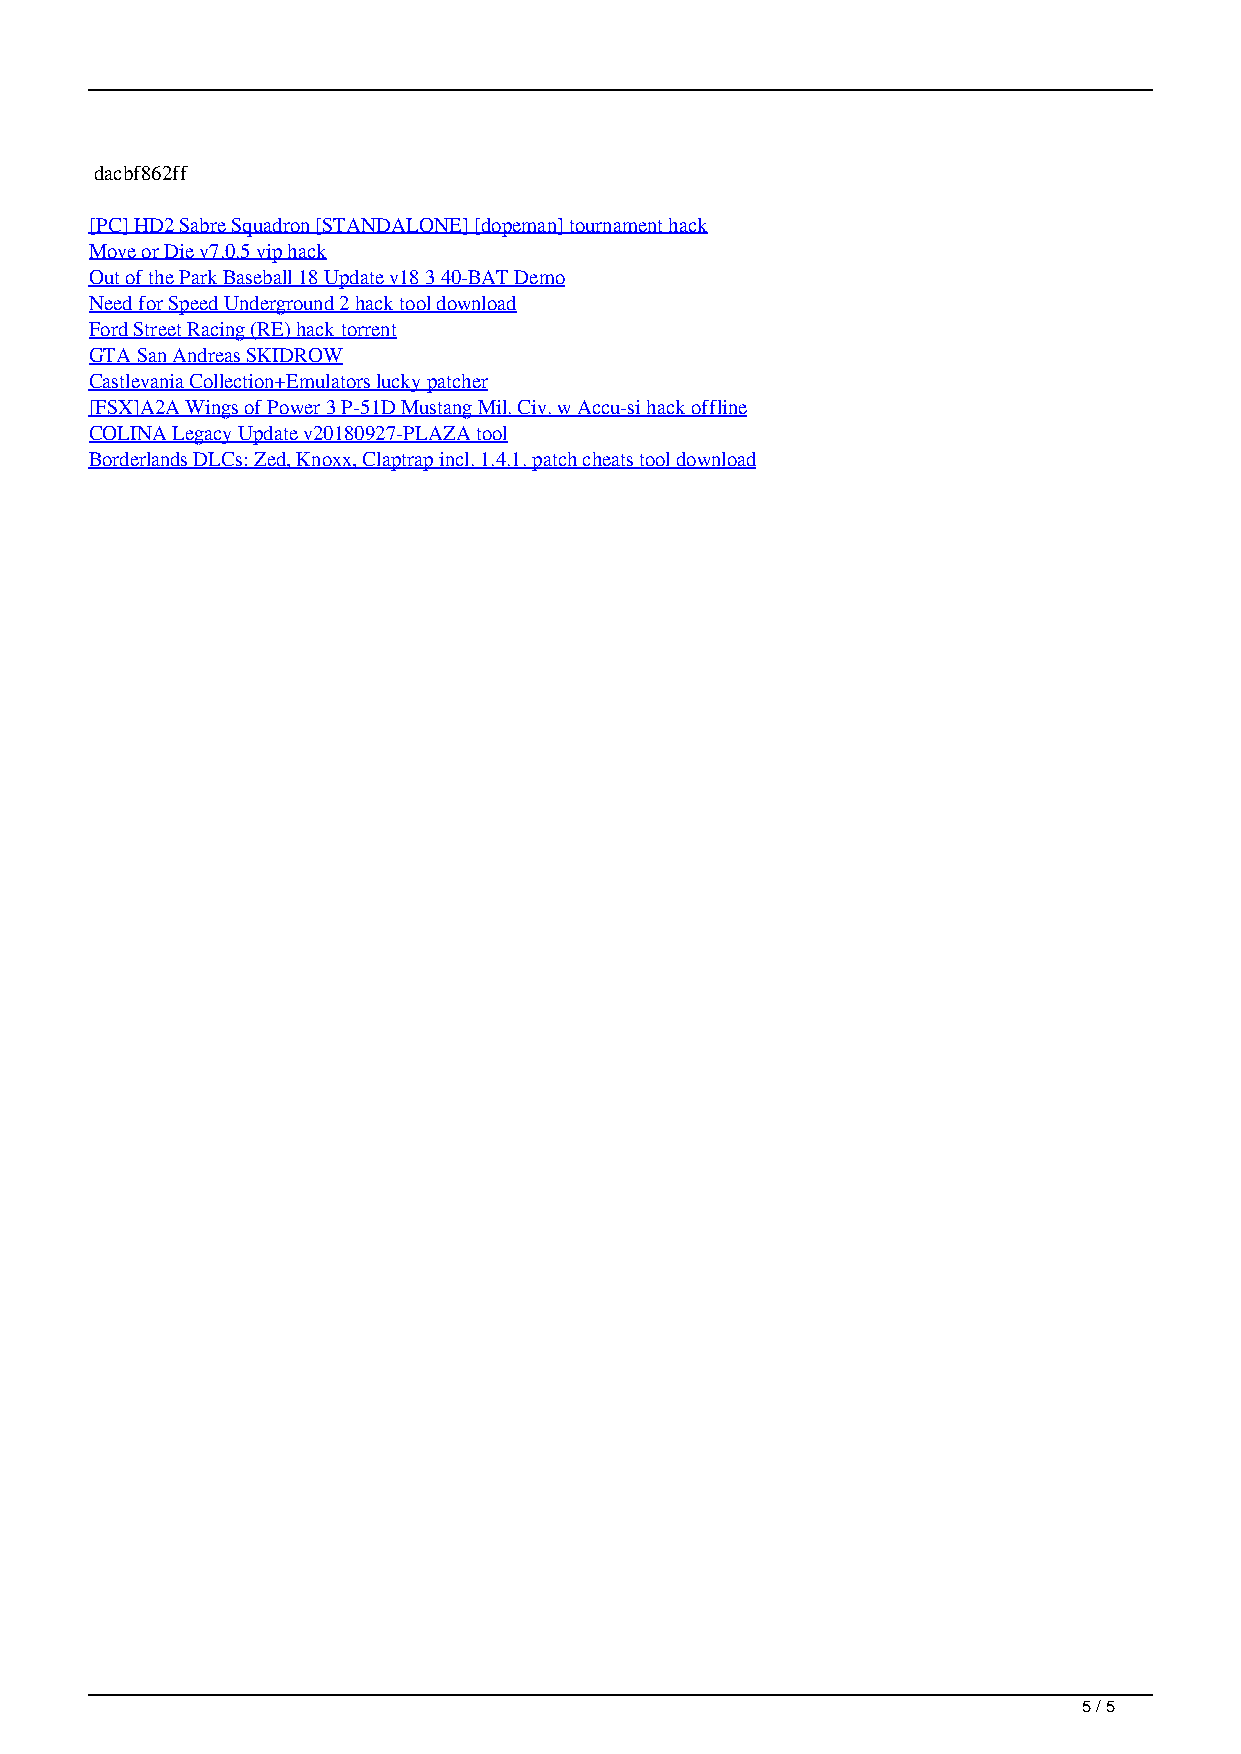
dacbf862ff
 [PC] HD2 Sabre Squadron [STANDALONE] [dopeman] tournament hack
 Move or Die v7.0.5 vip hack
 Out of the Park Baseball 18 Update v18 3 40-BAT Demo
 Need for Speed Underground 2 hack tool download
 Ford Street Racing (RE) hack torrent
 GTA San Andreas SKIDROW
 Castlevania Collection+Emulators lucky patcher
 [FSX]A2A Wings of Power 3 P-51D Mustang Mil. Civ. w Accu-si hack offline
 COLINA Legacy Update v20180927-PLAZA tool
 Borderlands DLCs: Zed, Knoxx, Claptrap incl. 1.4.1. patch cheats tool download
 5 / 5
 RFactor English PC Money Hack